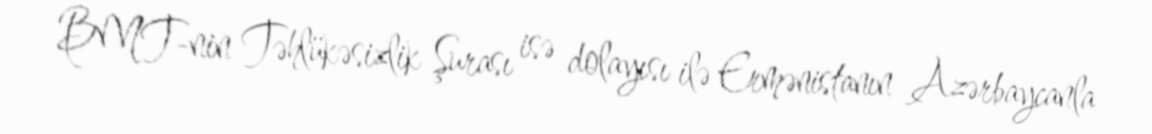
BMT-nin Təhlükəsizlik Şurası isə dolayısı ilə Ermənistanın Azərbaycanla